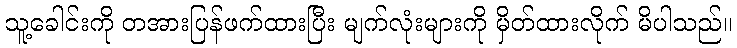
သူ့ခေါင်းကို တအားပြန်ဖက်ထားပြီး မျက်လုံးများကို မှိတ်ထားလိုက် မိပါသည်။